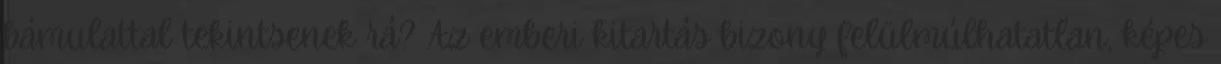
bámulattal tekintsenek rá? Az emberi kitartás bizony felülmúlhatatlan, képes